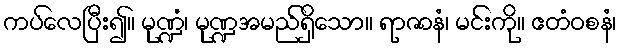
ကပ်လေပြီး၍။ မုဏ္ဍံ၊ မုဏ္ဍအမည်ရှိသော။ ရာဇာနံ၊ မင်းကို။ ဧတံဝစနံ၊